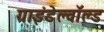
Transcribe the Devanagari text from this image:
ग्राइंडेल्वॉल्ड